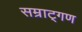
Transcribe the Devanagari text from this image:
सम्राट्गण